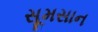
સૂમસાન